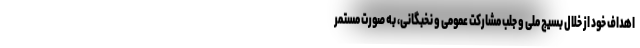
اهداف خود از خلال بسیج ملی و جلب مشارکت عمومی و نخبگانی، به صورت مستمر